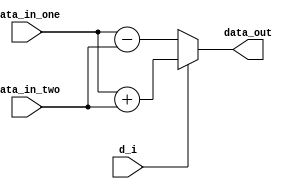

//
//
//(d_i)01

module ALU (
    input wire signed [31:0] data_in_one,
    input wire d_i,
    input wire signed [31:0] data_in_two,

    output wire signed [31:0] data_out
);
    assign data_out = d_i?(data_in_one + data_in_two):(data_in_one - data_in_two);
endmodule